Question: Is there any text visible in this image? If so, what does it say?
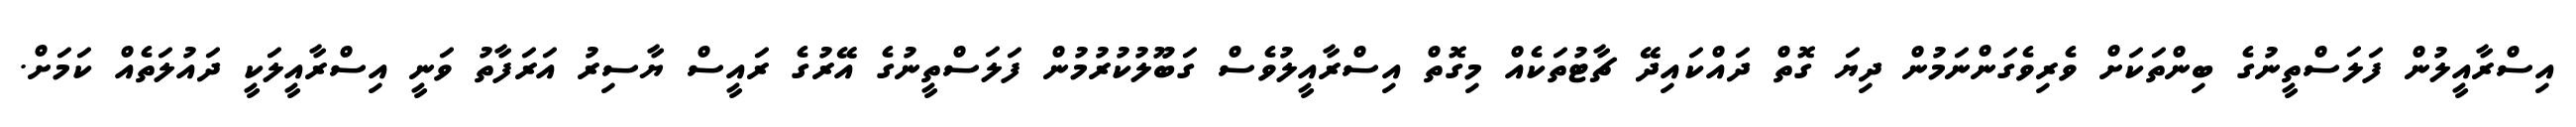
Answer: އިސްރާއީލުން ފަލަސްތީނުގެ ބިންތަކަށް ވެރިވެގަންނަމުން ދިޔަ ގޮތް ދައްކައިދޭ ޗާޓުތަކެއް މިގޮތް އިސްރާއީލުވެސް ގަބޫލުކުރުމުން ފަލަސްތީނުގެ އޭރުގެ ރައީސް ޔާސިރު އަރަފާތު ވަނީ އިސްރާއީލަކީ ދައުލަތެއް ކަމަށް.